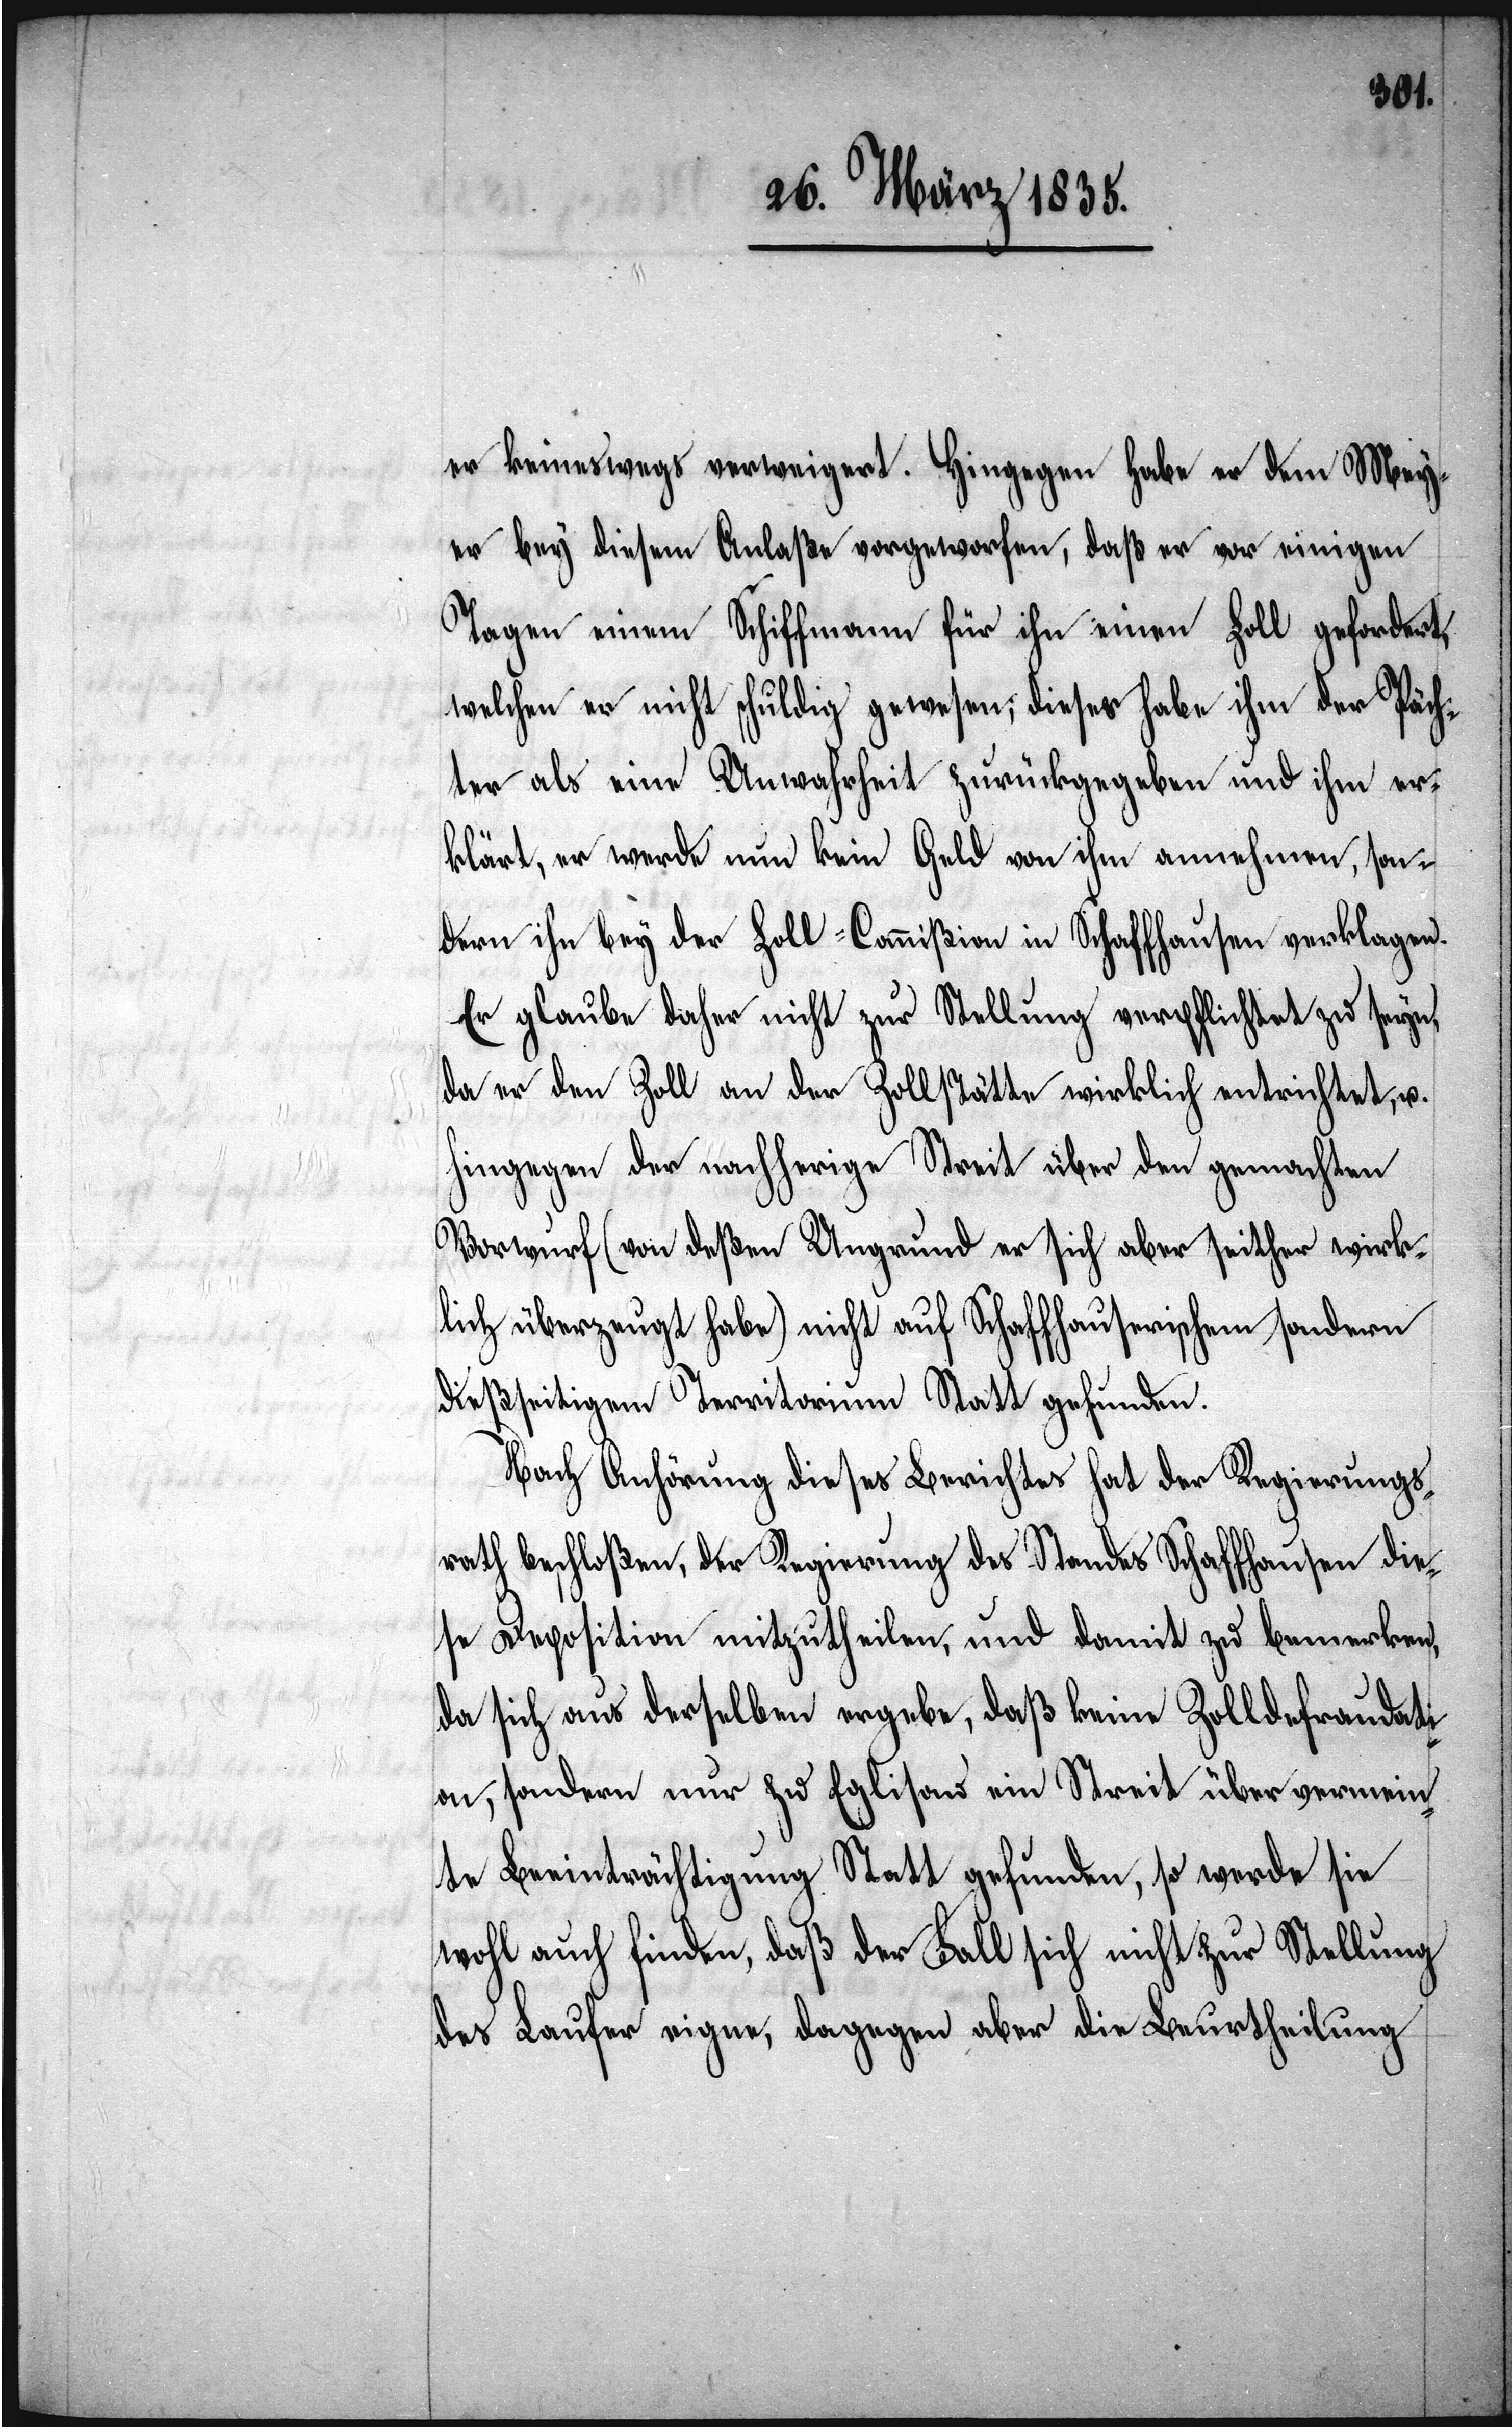
er keineswegs verweigert. Hingegen habe er dem Mey¬
er bey diesem Anlaße vorgeworfen, daß er vor einigen
Tagen einem Schiffmann für ihn einen Zoll gefordert,
welchen er nicht schuldig gewesen; dieses habe ihm der Päch¬
ter als eine Unwahrheit zurückgegeben und ihm er¬
klärt, er werde nun kein Geld von ihm annehmen, son¬
dern ihn bey der Zoll-Commißion in Schaffhausen verklagen.
Er glaube daher nicht zur Stellung verpflichtet zu seyn,
da er den Zoll an der Zollstätte wirklich entrichtet, u.
hingegen der nachherige Streit über den gemachten
Vorwurf (von deßen Ungrund er sich aber seither wirk¬
lich überzeugt habe) nicht auf Schaffhauserischem sondern
dießseitigem Territorium Statt gefunden.[“]
Nach Anhörung dieses Berichtes hat der Regierungs¬
rath beschloßen, der Regierung des Standes Schaffhausen die¬
se Deposition mitzutheilen, und damit zu bemerken,
da sich aus derselben ergebe, daß keine Zolldefraudat¬
ion, sondern nur zu Eglisau ein Streit über vermein¬
te Beeinträchtigung Statt gefunden, so werde sie
wohl auch finden, daß der Fall sich nicht zur Stellung
des Laufer eigne, dagegen aber die Beurtheilung